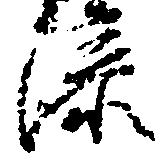
添